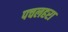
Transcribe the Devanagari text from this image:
पचलहरा